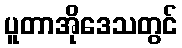
ပူတာအိုဒေသတွင်